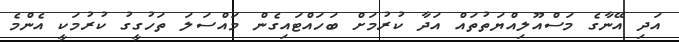
އަދި އޭނާގެ މަސްއޫލިއްޔަތުތައް އަދާ ކުރުމަށް ބަހައްޓައިގެން މައްސަލަ ތަހުގީގު ކުރުމަކީ އެންމެ